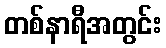
တစ်နာရီအတွင်း